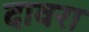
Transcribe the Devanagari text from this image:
दावरा